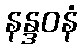
နန္ဒဝနံ